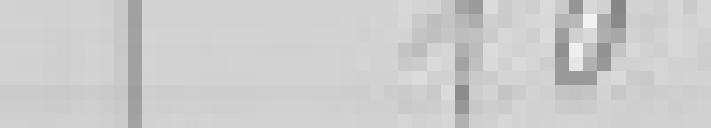
sortie : 10 kilos